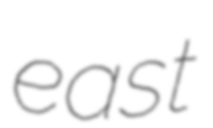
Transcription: east